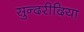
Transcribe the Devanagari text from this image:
सुन्दरीदिया